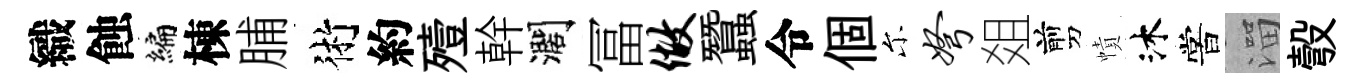
織蝕编棟脯術約殪幹濶冨做蠶令個尓弩爼剪幘沐嘗溜彀